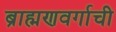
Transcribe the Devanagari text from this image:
ब्राह्मणवर्गाची